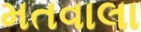
મતવાલા